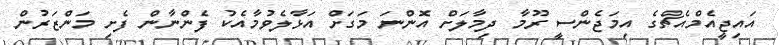
އައިޖީއެމްއެޗްގެ އިމަޖެންސީ ރޫމާ ދިމާލަށް އޮންނަ މަގަށް އަޅާލެވުމާއެކު ފެންނާން ފެށި މަންޒަރުން